Indian Civil Veterinary Department memoirs
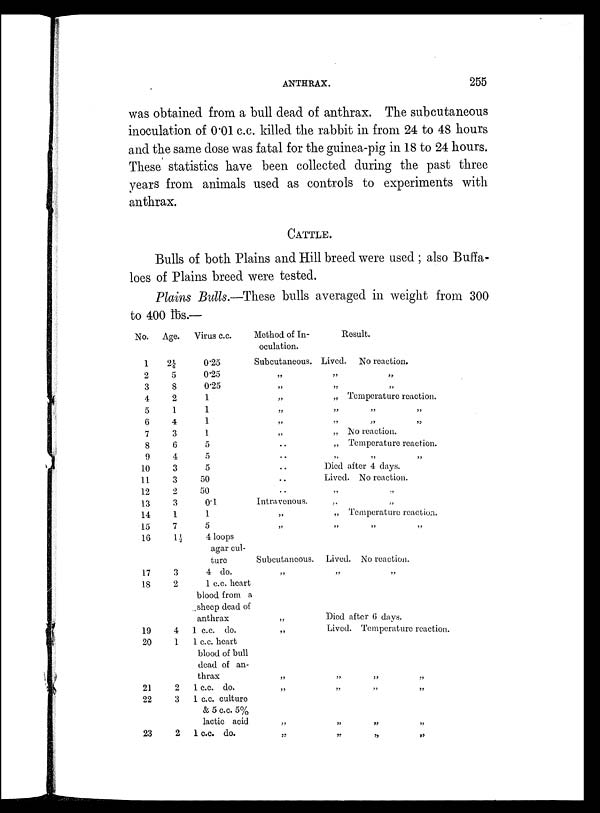
ANTHRAX.
255
was obtained from a bull dead of anthrax. The subcutaneous
inoculation of 0.01 c.c. killed the rabbit in from 24 to 48 hours
and the same dose was fatal for the guinea-pig in 18 to 24 hours.
These statistics have been collected during the past three
years from animals used as controls to experiments with
anthrax.
CATTLE.
Bulls of both Plains and Hill breed were used ; also Buffa-
loes of Plains breed were tested.
Plains Bulls.—These bulls averaged in weight from 300
to 400 lbs.—
No.
1
2
3
4
5
6
7
8
9
10
11
12
13
14
15
16
17
18
19
20
21
22
23
Age.
2¼
5
8
2
1
4
3
6
4
3
3
2
3
1
7
1½
3
2
4
1
2
3
2
Virus c.c.
0.25
0.25
0.25
1
1
1
1
5
5
5
50
50
0.1
1
5
4 loops
agar cul-
ture
4 do.
1 c.c. heart
blood from a
sheep dead of
anthrax
1 c.c. do.
1 c.c. heart
blood of bull
dead of an-
thrax
1 c.c. do.
1 c.c. culture
& 5 c.c. 5%
lactic acid
1 c.c. do.
Method of In-
oculation.
Subcutaneous.
„
„
„
„
„
„
..
.
..
..
..
Intravenous.
„
„
Subcutaneous.
„
„
„
„
„
„
„
Result.
Lived. No reaction.
„ „
„ „
„ Temperature reaction.
„ „ „
„ „ „
„ No reaction.
„ Temperature reaction.
„ „ „
Died after 4 days.
Lived. No reaction.
„ „
„
„ Temperature reaction.
„ „ „
Lived. No reaction.
„ „ „
Died after 6 days.
Lived. Temperature reaction.
„ „ „
„ „ „
„ „ „
„ „ „